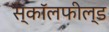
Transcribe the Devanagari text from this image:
स्कॉलफील्ड